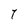
Character: 7